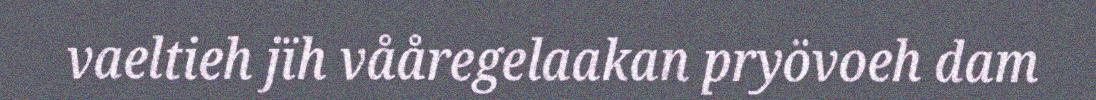
vaeltieh jïh vååregelaakan pryövoeh dam